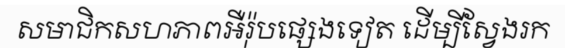
សមាជិកសហភាពអឺរ៉ុបផ្សេងទៀត ដើម្បីស្វែងរក